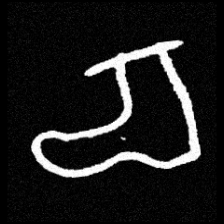
Pyu character \u2014 Myanmar letter: စ (romanized: ca)